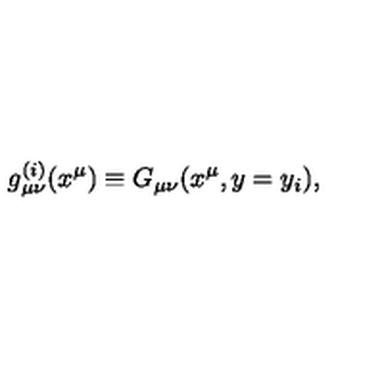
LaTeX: g _ { \mu \nu } ^ { ( i ) } ( x ^ { \mu } ) \equiv G _ { \mu \nu } ( x ^ { \mu } , y = y _ { i } ) , \,